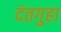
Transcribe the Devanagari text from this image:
दंतगुहा